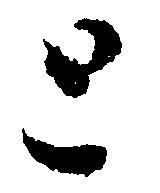
と